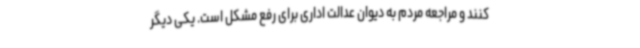
کنند و مراجعه مردم به دیوان عدالت اداری برای رفع مشکل است. یکی دیگر